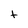
Character: t